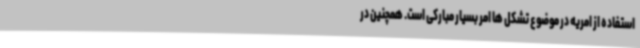
استفاده از امریه در موضوع تشکل ها امر بسیار مبارکی است. همچنین در